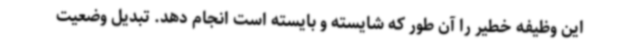
این وظیفه خطیر را آن طور که شایسته و بایسته است انجام دهد. تبدیل وضعیت